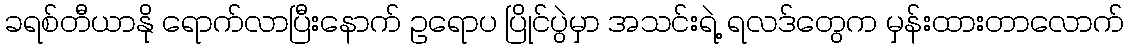
ခရစ်တီယာနို ရောက်လာပြီးနောက် ဥရောပ ပြိုင်ပွဲမှာ အသင်းရဲ့ ရလဒ်တွေက မှန်းထားတာလောက်